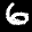
Label: 6